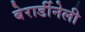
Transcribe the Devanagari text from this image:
बेरार्डीनेली